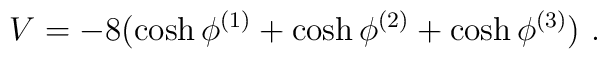
V=-8(\cosh\phi^{(1)}+\cosh\phi^{(2)} +\cosh\phi^{(3)})\ .